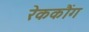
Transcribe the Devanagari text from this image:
रेककौंग